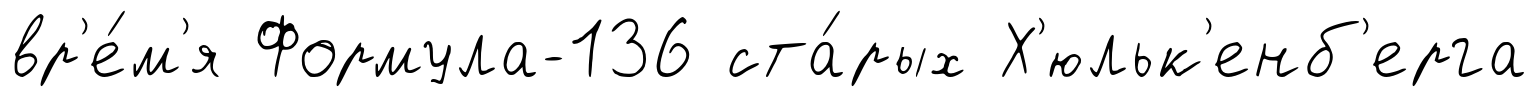
вр'е́м'я Формула-136 ста́рых Х'юльк'енб'ерга